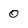
Character: 0